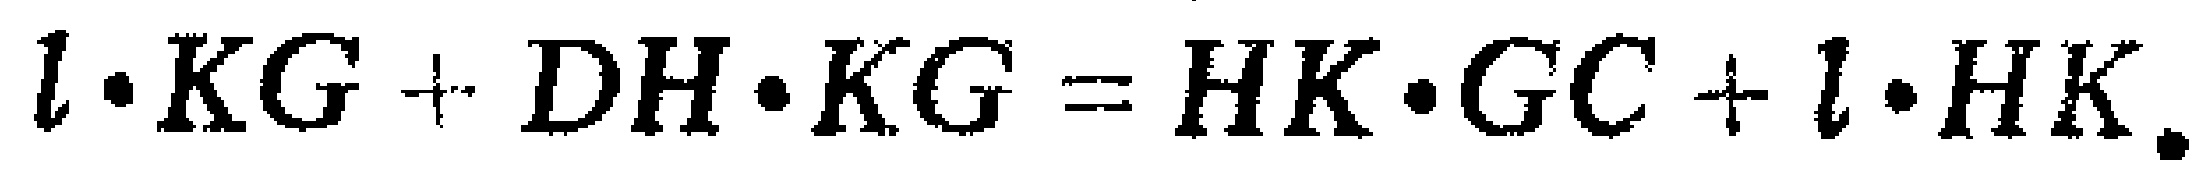
\(l\cdot KG + DH\cdot KG = HK\cdot GC + l\cdot HK.\)